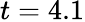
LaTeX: t=4.1